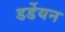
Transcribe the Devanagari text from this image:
डर्डेयन